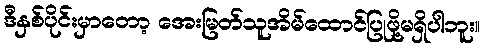
ဒီနှစ်ပိုင်းမှာတော့ အေးမြတ်သူအိမ်ထောင်ပြုဖို့မရှိပါဘူး။